Civil Veterinary Dept. North-West Frontier Province 1901-22 - 1901-1922
Year: 1901
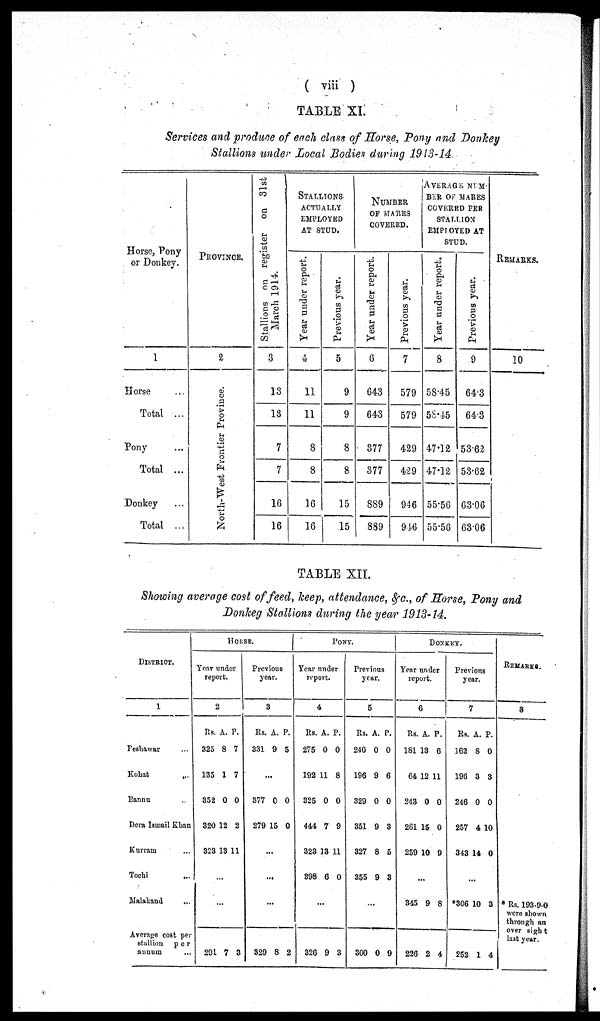
( viii )
TABLE XI.
Services and produce of each class of Horse, Pony and Donkey
Stallions under Local Bodies during 1913-14.
Horse, Pony
or Donkey.
1
Horse ...
Total ...
Pony ...
Total ...
Donkey ...
Total ...
PROVINCE.
2
North-West Frontier Province.
Stallions on register on 31st
March 1914.
3
13
13
7
7
16
16
STALLIONS
ACTUALLY
EMPLOYED
AT STUD.
Year under report.
4
11
11
8
8
16
16
Previous year.
5
9
9
8
8
15
15
NUMBER
OF MARES
COVERED.
Year under report.
6
643
643
377
377
889
889
Previous year.
7
579
579
429
429
946
946
AVERAGE NUM-
BER OF MARES
COVERED PER
STALLION
EMPLOYED AT
STUD.
Year under report.
8
58.45
58.45
47.12
47.12
55.56
55.56
Previous year.
9
64.3
64.3
53.62
53.62
63.06
63.06
REMARKS.
10
TABLE XII.
Showing average cost of feed, keep, attendance, &c., of Horse, Pony and
Donkey Stallions during the year 1913-14.
DISTRICT.
1
Peshawar ...
Kohat
...
Bannu
Dera Ismail Khan
Kurram ...
Tochi ...
Malakand ...
Average cost per
stallion per
annum ...
HORSE.
Year under
report.
2
Rs.
325
135
352
320
323
A.
8
1
0
12
13
P.
7
7
0
2
11
...
...
291 7 3
Previous
year.
3
Rs.
331
A.
9
P.
5
...
377
279
0
15
0
0
...
...
...
329 8 2
PONY.
Year under
report.
4
Rs.
275
192
325
444
323
398
A.
0
11
0
7
13
6
P.
0
8
0
9
11
0
...
326 9 3
Previous
year.
5
Rs.
240
196
329
351
327
355
A.
0
9
0
9
8
9
P.
0
6
0
3
5
3
...
300 0
9
DONKEY.
Year under
report.
6
Rs.
181
64
243
261
259
A.
13
12
0
15
10
P.
6
11
0
0
9
...
345
226
9
2
8
4
Previous
year.
7
Rs.
162
196
246
257
343
A.
8
3
0
4
14
P.
0
3
0
10
0
...
*306
252
10
1
3
4
REMARKS.
8
* Rs. 193-9-0
were shown
through an
over sight
last year.